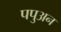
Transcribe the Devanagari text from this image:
पपुअन